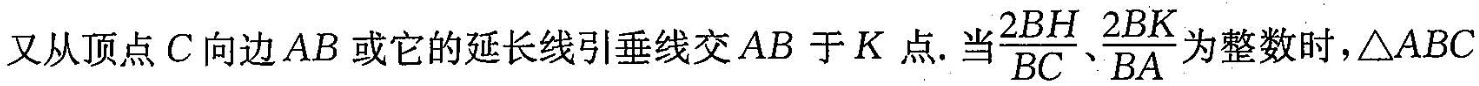
又从顶点C向边AB或它的延长线引垂线交AB于K点.主 \frac{2BH}{BC}、\frac{2BK}{BA} 为整数时，△ABC